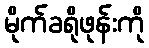
မိုက်ခရိုဖုန်းကို